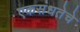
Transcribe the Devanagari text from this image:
एकसंधतेचे